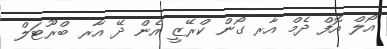
އޯލް އޮފް ދެމް އާރ ގޯން ކްރޭޒީ އެން ދޭ އާރ ބްރޫޓަލް